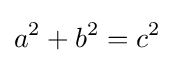
a^{2}+b^{2}=c^{2}